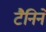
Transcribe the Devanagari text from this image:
टैनिनें